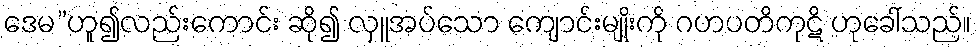
ဒေမ”ဟူ၍လည်းကောင်း ဆို၍ လှူအပ်သော ကျောင်းမျိုးကို ဂဟပတိကုဋိ ဟုခေါ်သည်။